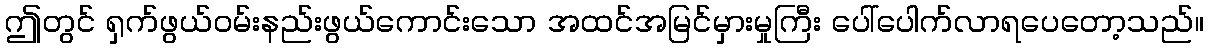
ဤတွင် ရှက်ဖွယ်ဝမ်းနည်းဖွယ်ကောင်းသော အထင်အမြင်မှားမှုကြီး ပေါ်ပေါက်လာရပေတော့သည်။